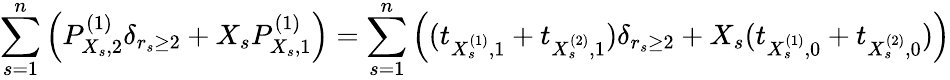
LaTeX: \underset{s=1}{\overset{n}{\sum}}\left(P_{X_{s},2}^{(1)}\delta_{r_{s}\geq 2}+X_{s}P_{X_{s},1}^{(1)}\right)=\underset{s=1}{\overset{n}{\sum}}\left((t_{X_{s}^{(1)},1}+t_{X_{s}^{(2)},1})\delta_{r_{s}\geq 2}+X_{s}(t_{X_{s}^{(1)},0}+t_{X_{s}^{(2)},0})\right)